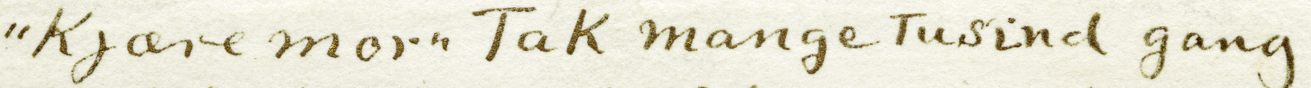
Kjare morn TaK mange Tusincl gang